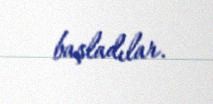
başladılar.